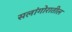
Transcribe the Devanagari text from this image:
सलांगोरातील